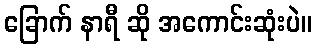
ခြောက် နာရီ ဆို အကောင်းဆုံးပဲ။